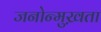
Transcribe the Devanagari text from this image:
जनोन्मुख़ता